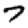
Digit: 7